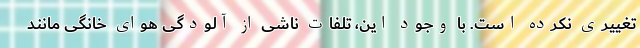
تغییری نکرده است. با وجود این، تلفات ناشی از آلودگی هوای خانگی مانند